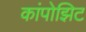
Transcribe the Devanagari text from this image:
कांपोझिट